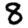
Digit: 8